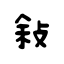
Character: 敍